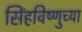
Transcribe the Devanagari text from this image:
सिंहविष्णुच्या